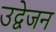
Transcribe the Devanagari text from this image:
उद्वेजन